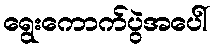
ရွေးကောက်ပွဲအပေါ်